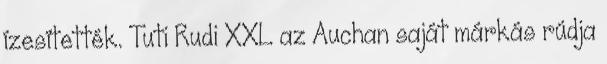
ízesítették. Tuti Rudi XXL az Auchan saját márkás rúdja